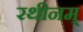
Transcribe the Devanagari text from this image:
रथीनम्